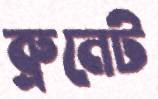
ব্রুনেট